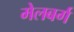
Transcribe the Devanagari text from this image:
मेलबर्ग